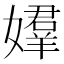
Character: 𡢡